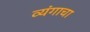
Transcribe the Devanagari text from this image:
व्यंगाचा